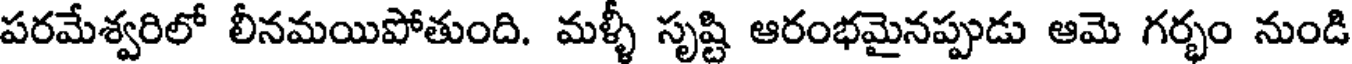
పరమేశ్వరిలో లీనమయిపోతుంది. మళ్ళీ సృష్టి ఆరంభమైనప్పుడు ఆమె గర్భం నుండి